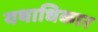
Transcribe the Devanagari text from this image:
यथाधिकार